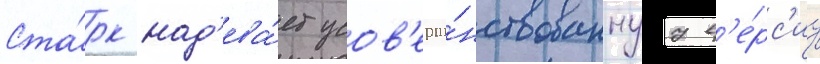
Ста́рк над'ева́ет усов'ерше́нствованнуу в'е́рс'иу